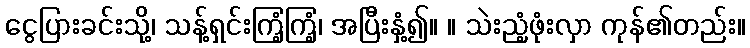
ငွေပြားခင်းသို့၊ သန့်ရှင်းကြံ့ကြံ့၊ အပြီးနှံ့၍။ ။ သဲးညံ့ဖုံးလှာ ကုန်၏တည်း။